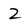
Character: 2